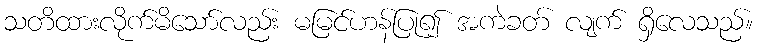
သတိထားလိုက်မိသော်လည်း မမြင်ဟန်ပြု၍ အကဲခတ် လျက် ရှိလေသည်။